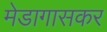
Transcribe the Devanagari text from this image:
मेडागासकर